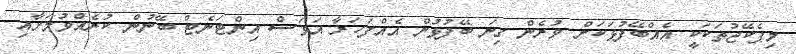
މިޕެކޭޖުތަކަކީ އެއްބޭފުޅަކަށް ވުރެން ގިނަ ބޭފުޅުން އެއްފަހަރާ އަވަސް އިންޓަނެޓް ބޭނުން ކުރެއްވުމަށާއި